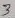
Text: 3